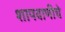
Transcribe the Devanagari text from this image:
शापवाणीचे